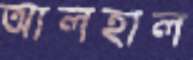
আলহাল